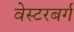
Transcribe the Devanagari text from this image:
वेस्टरबर्ग